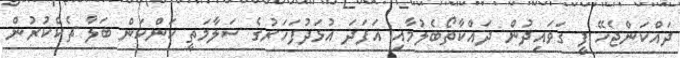
ދައްކަންޖެހޭ ފީ ގަވައިދުން ދައްކާތޯބެލުމާއި އަފަދަ އުޅަދުފަހަރުގެ ސަލާމަތީ ކަންކަން ބަލާ ޗެކްކުރުން